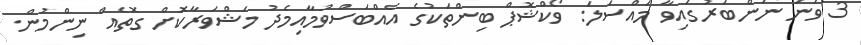
3 ވަނަ ނަންބަރުގައިވާ މައްސަލަ: ވޯކްޝޮޕް ބިންތަކުގެ އެއްބަސްވުމާއިމެދު މަޝްވަރާކޮށް ގޮތެއް ނިންމުން.